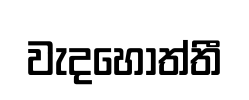
වැදහොත්තී